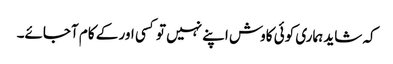
کہ شاید ہماری کوئی کاوش اپنے نہیں تو کسی اور کے کام آجائے۔